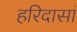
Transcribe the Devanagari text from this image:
हरिदासां